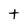
Character: t